Annual vaccination report of Bihar and Orissa - 1911-1928
Year: 1911
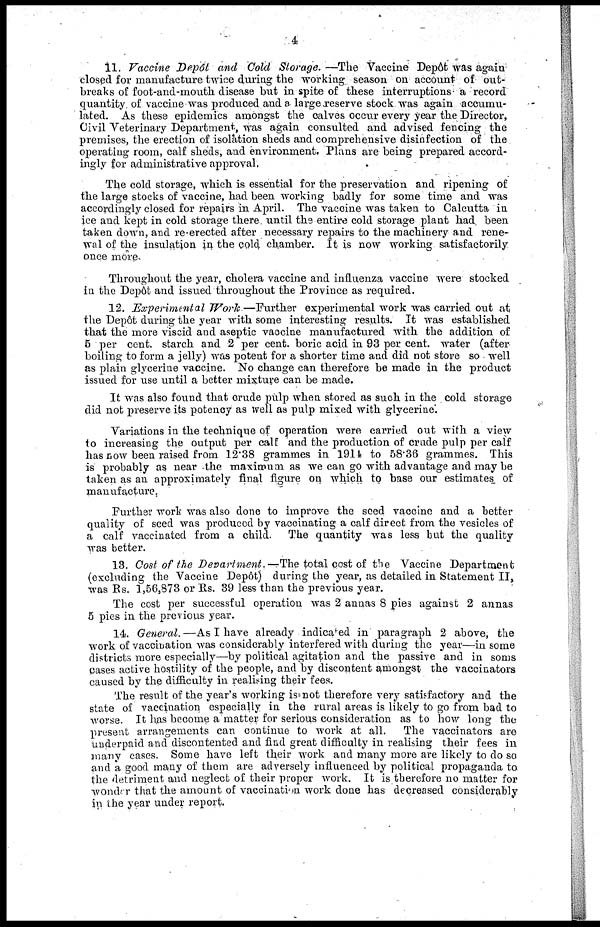
4
11. Vaccine Depôt and Cold Storage. —The Vaccine Depôt was again
closed for manufacture twice during the working season on account of out-
breaks of foot-and-mouth disease but in spite of these interruptions a record
quantity of vaccine was produced and a large reserve stock was again accumu-
lated. As these epidemics amongst the calves occur every year the Director,
Civil Veterinary Department, was again consulted and advised fencing the
premises, the erection of isolation sheds and comprehensive disinfection of the
operating room, calf sheds, and environment. Plans are being prepared accord-
ingly for administrative approval.
The cold storage, which is essential for the preservation and ripening of
the large stocks of vaccine, had been working badly for some time and was
accordingly closed for repairs in April. The vaccine was taken to Calcutta in
ice and kept in cold storage there. until the entire cold storage plant had been
taken down, and re-erected after necessary repairs to the machinery and rene-
wal of the insulation in the cold chamber. It is now working satisfactorily
once more.
Throughout the year, cholera vaccine and influenza vaccine were stocked
in the Depôt and issued throughout the Province as required.
12. Experimental Work—Further
experimental work was carried out at
the Depôt during the year with some interesting results. It was established
that the more viscid and aseptic vaccine manufactured with the addition of
5 per cent. starch and 2 per cent. boric acid in 93 per cent. water (after
boiling to form a jelly) was potent for a shorter time and did not store so well
as plain glycerine vaccine. No change can therefore be made in the product
issued for use until a better mixture can be made.
It was also found that crude pulp when stored as such in the cold storage
did not preserve its potency as well as pulp mixed with glycerine.
Variations in the technique of operation were carried out with a view
to increasing the output per calf and the production of crude pulp per calf
has now been raised from 12.38 grammes in 1914 to 58.36 grammes. This
is probably as near the maximum as we can go with advantage and may be
taken as an approximately final figure on which to base our estimates of
manufacture.
Further work was also done to improve the seed vaccine and a better
quality of seed was produced by vaccinating a calf direct from the vesicles of
a calf vaccinated from a child. The quantity was less but the quality
was better.
13. Cost of the Department.—The total cost of the Vaccine Department
(excluding the Vaccine Depôt) during the year, as detailed in Statement II,
was Rs. 1,56,873 or Rs. 39 less than the previous year.
The cost per successful operation was 2 annas 8 pies against 2 annas
5 pies in the previous year.
14. General.—As I have already indicated in paragraph 2 above, the
work of vaccination was considerably interfered with during the year— in some
districts more especially—by political agitation and the passive and in soms
cases active hostility of the people, and by discontent amongst the vaccinators
caused by the difficulty in realising their fees.
The result of the year's working is not therefore very satisfactory and the
state of vaccination especially in the rural areas is likely to go from bad to
worse. It has become a matter for serious consideration as to how long the
present arrangements can continue to work at all. The vaccinators are
underpaid and discontented and find great difficulty in realising their fees in
many cases. Some have left their work and many more are likely to do so
and a good many of them are adversely influenced by political propaganda to
the detriment and neglect of their proper work. It is therefore no matter for
wonder that the amount of vaccination work done has decreased considerably
in the year under report.